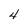
Character: 4